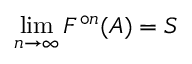
\operatorname* { l i m } _ { n \to \infty } F ^ { \circ n } ( A ) = S